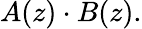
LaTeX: A(z)\cdot B(z).